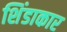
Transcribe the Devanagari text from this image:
शिंडाकार